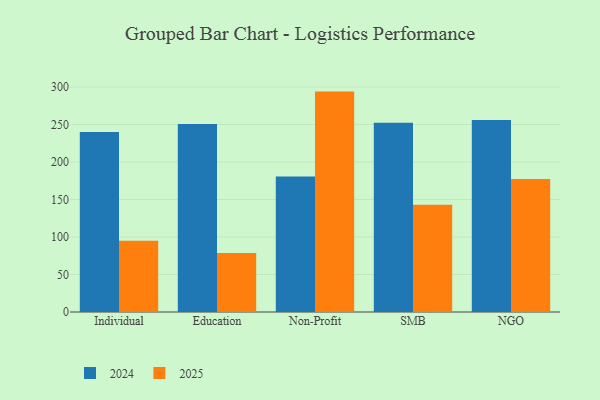
{"axis": {"x": "Segment", "y": "Demand Index"}, "legend": ["2024", "2025"], "data": [{"x": "Individual", "y": 94.9, "type": "2025"}, {"x": "Individual", "y": 240.0, "type": "2024"}, {"x": "Education", "y": 78.7, "type": "2025"}, {"x": "Education", "y": 250.8, "type": "2024"}, {"x": "Non-Profit", "y": 293.9, "type": "2025"}, {"x": "Non-Profit", "y": 180.6, "type": "2024"}, {"x": "SMB", "y": 143.0, "type": "2025"}, {"x": "SMB", "y": 252.2, "type": "2024"}, {"x": "NGO", "y": 177.5, "type": "2025"}, {"x": "NGO", "y": 256.0, "type": "2024"}]}